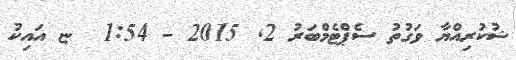
ޝުކުރިއްޔާ ވަގުތު ސެޕްޓެމްބަރު 2